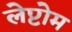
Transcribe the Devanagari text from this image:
लेप्टोम